Annual report on the health of the army in India
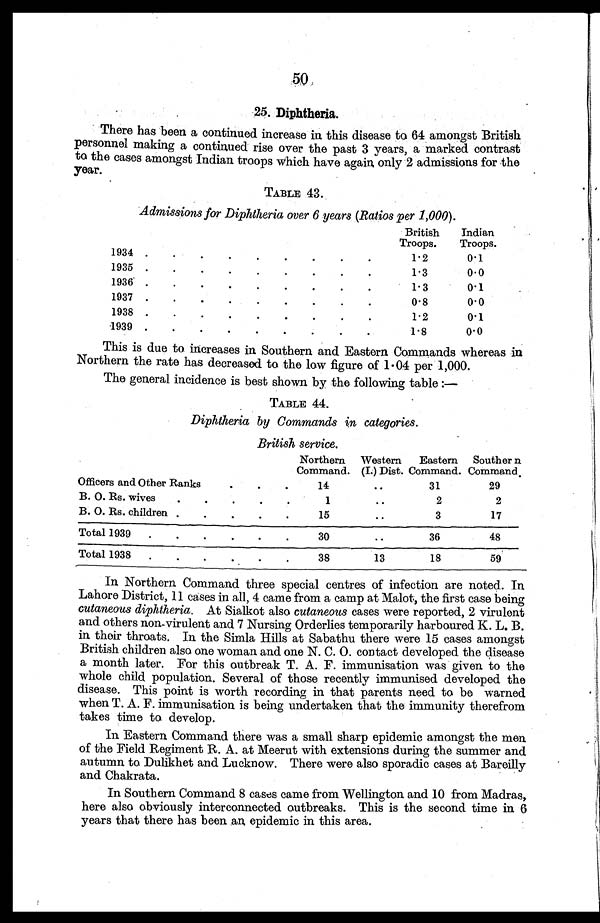
50
25. Diphtheria.
There has been a continued increase in this disease to 64 amongst British
personnel making a continued rise over the past 3 years, a marked contrast
to the cases amongst Indian troops which have again, only 2 admissions for the
year.
TABLE 43.
Admissions for Diphtheria over 6 years (Ratios per 1,000).
British
Troops.
Indian
Troops.
1934 .
.
.
.
.
.
.
•
•
1.2
0.1
1935 .
.
.
.
.
.
.
.
.
1.3
0.0
1936 .
.
.
.
.
.
.
.
.
1.3
0.1
1937 .
.
.
.
.
.
.
.
.
0.8
0.0
1938 .
.
.
.
.
.
.
.
.
1.2
0.1
1939 .
.
.
.
.
.
.
•
1.8
0.0
This is due to increases in Southern and Eastern Commands whereas in
Northern the rate has decreased to the low figure of 1 . 04 per 1,000.
The general incidence is best shown by the following table :—
TABLE 44.
Diphtheria by Commands in categories.
British service.
Northern
Command.
Western
(I.) Dist.
Eastern
Command.
Souther n
Command,
Officers and Other Ranks
.
.
.
14
..
31
29
B. 0. Rs. wives
.
.
.
.
.
1
..
2
2
B. 0. Rs. children .
.
.
.
.
1
. .
3
17
Total 1939
.
.
.
.
•
•
3
• •
36
48
Total 1938
.
.
.
.
.
•
38
13
18
59
In Northern Command three special centres of infection are noted. In
Lahore District, 11 cases in all, 4 came from a camp at Malot, the first case being
cutaneous diphtheria. At Sialkot also cutaneous cases were reported, 2 virulent
and others non-virulent and 7 Nursing Orderlies temporarily harboured K. L. B.
in their throats. In the Simla Hills at Sabathu there were 15 cases amongst
British children also one woman and one N. C. 0. contact developed the disease
a month later. For this outbreak T. A. F. immunisation was given to the
whole child population. Several of those recently immunised developed the
disease. This point is worth recording in that parents need to be warned
when T. A. F. immunisation is being undertaken that the immunity therefrom
takes time to develop.
In Eastern Command there was a small sharp epidemic amongst the men
of the Field Regiment R. A. at Meerut with extensions during the summer and
autumn to Dulikhet and Lucknow. There were also sporadic cases at Bareilly
and Chakrata.
In Southern Command 8 cases came from Wellington and 10 from Madras,
here also obviously interconnected outbreaks. This is the second time in 6
years that there has been an epidemic in this area.